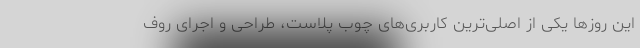
این روزها یکی از اصلی‌ترین کاربری‌های چوب پلاست، طراحی و اجرای روف